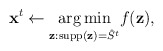
\begin{align*} \mathbf x^{t}\gets \underset{\mathbf z : \operatorname{supp}(\mathbf z) = \hat{S}^{t}}{\arg \min} f(\mathbf z),\end{align*}